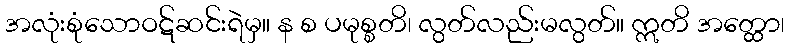
အလုံးစုံသောဝဋ်ဆင်းရဲမှ။ န စ ပမုစ္စတိ၊ လွတ်လည်းမလွတ်။ ဣတိ အတ္ထော၊